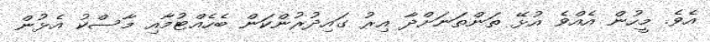
އެވެ. މީހުން އެއްވެ އުޅޭ ތަންތަނަށްދާ އިރު ގައިދުރުންކަން ބެހެއްޓުމާއި މާސްކު އެޅުން